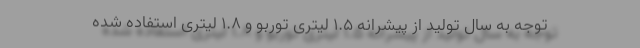
توجه به سال تولید از پیشرانه 1.5 لیتری توربو و 1.8 لیتری استفاده شده